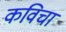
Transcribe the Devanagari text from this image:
कविचा